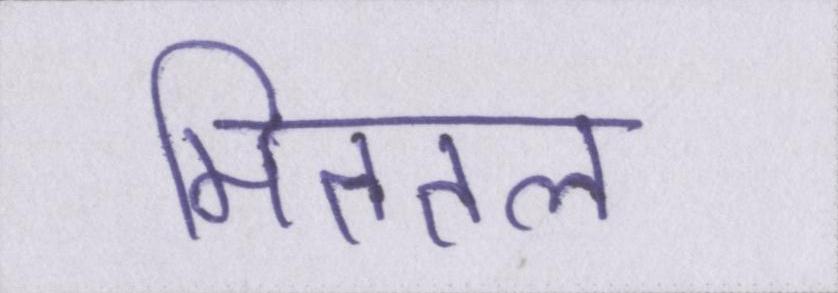
मिततल